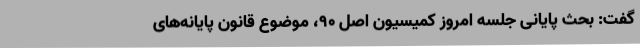
گفت: بحث پایانی جلسه امروز کمیسیون اصل 90، موضوع قانون پایانه‌های